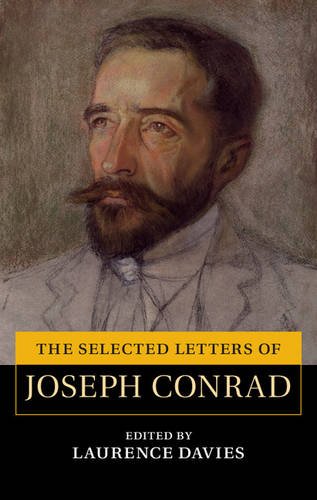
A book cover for The Selected Letters of Joseph Conrad (The Cambridge Edition of the Letters of Joseph Conrad); Joseph Conrad; Literature & Fiction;